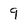
Character: 9